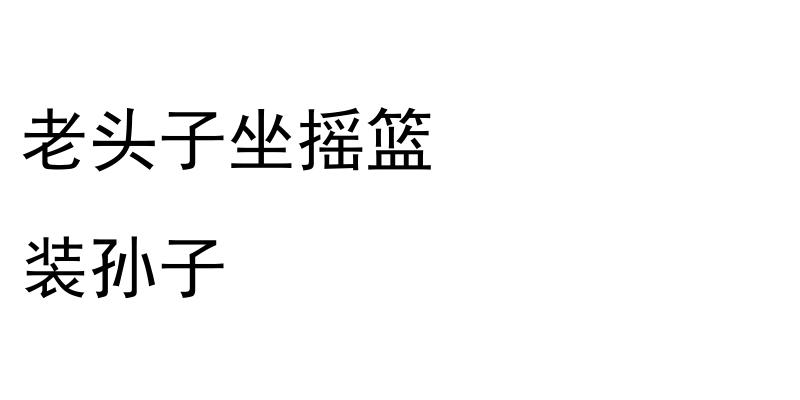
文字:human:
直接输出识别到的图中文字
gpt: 老头子坐摇篮 装孙子